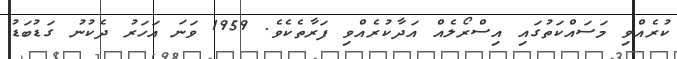
ކުރެއްވި މަސައްކަތުގައި އިސްރޯލެއް އަދާކުރެއްވި ފަރާތެކެވެ. 1959 ވަނަ އަހަރު ދެކުުނު ގަޑުބަޑު